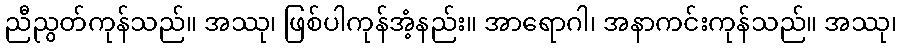
ညီညွတ်ကုန်သည်။ အဿု၊ ဖြစ်ပါကုန်အံ့နည်း။ အာရောဂါ၊ အနာကင်းကုန်သည်။ အဿု၊